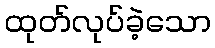
ထုတ်လုပ်ခဲ့သော